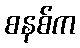
စနစ်က